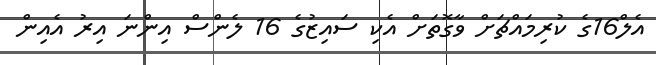
އެލް16ގެ ކުރިމައްޗަށް ވާގޮތަށް އެކި ސައިޒުގެ 16 ލެންސް އިންނަ އިރު އެއިން